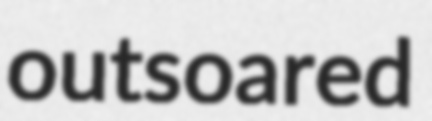
outsoared